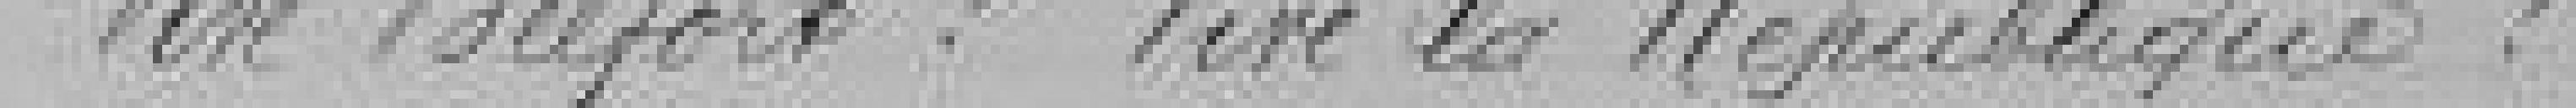
Vive Belfort ! Vive la République !